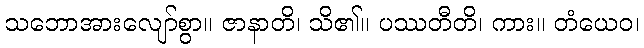
သဘောအားလျော်စွာ။ ဇာနာတိ၊ သိ၏။ ပဿတီတိ၊ ကား။ တံယေဝ၊